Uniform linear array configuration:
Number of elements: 64
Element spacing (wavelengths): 0.25
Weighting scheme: hann
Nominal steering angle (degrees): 45
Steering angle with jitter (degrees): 44.995
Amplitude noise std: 0.05
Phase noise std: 0.05

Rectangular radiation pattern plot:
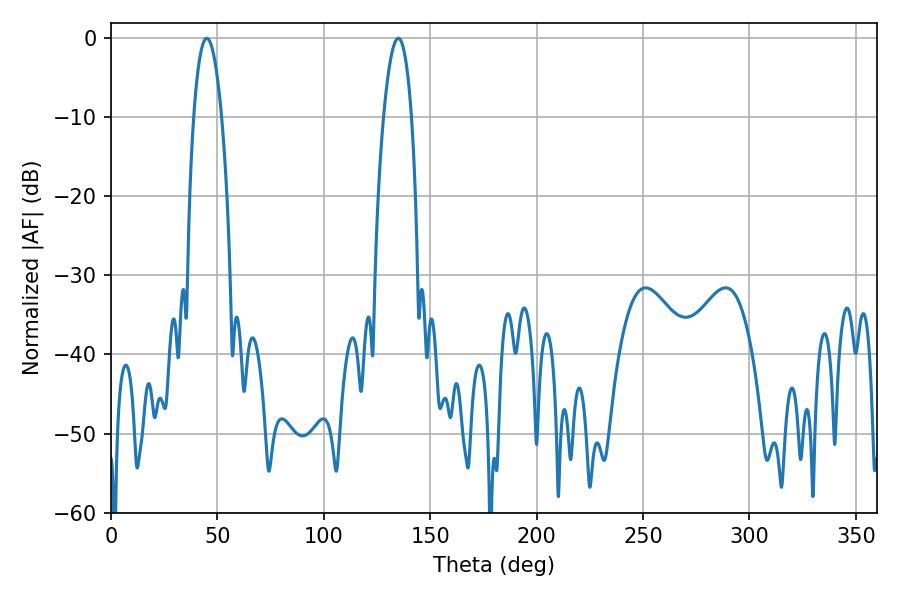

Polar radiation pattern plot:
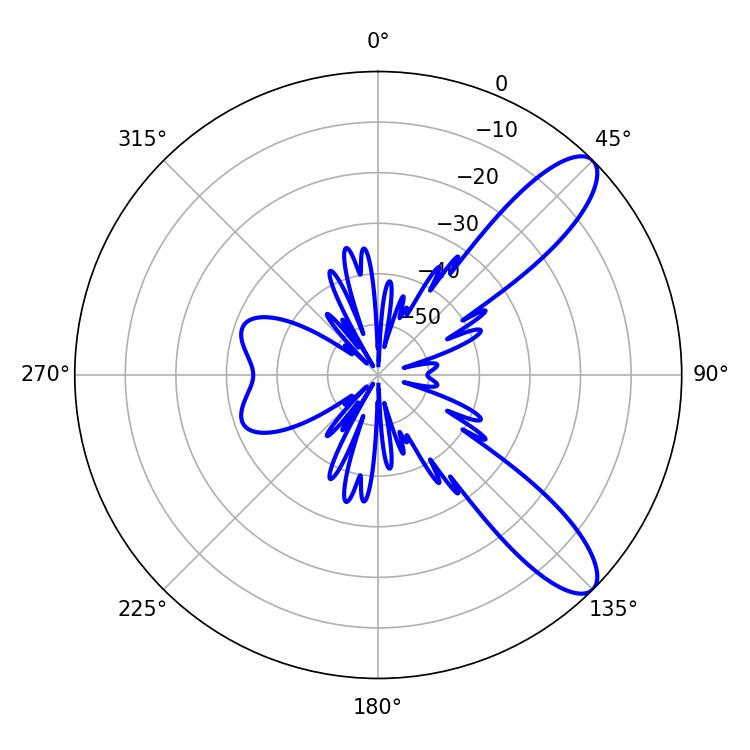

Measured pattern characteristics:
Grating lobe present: FALSE
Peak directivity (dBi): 10.158
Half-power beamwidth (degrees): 7.38
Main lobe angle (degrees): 45